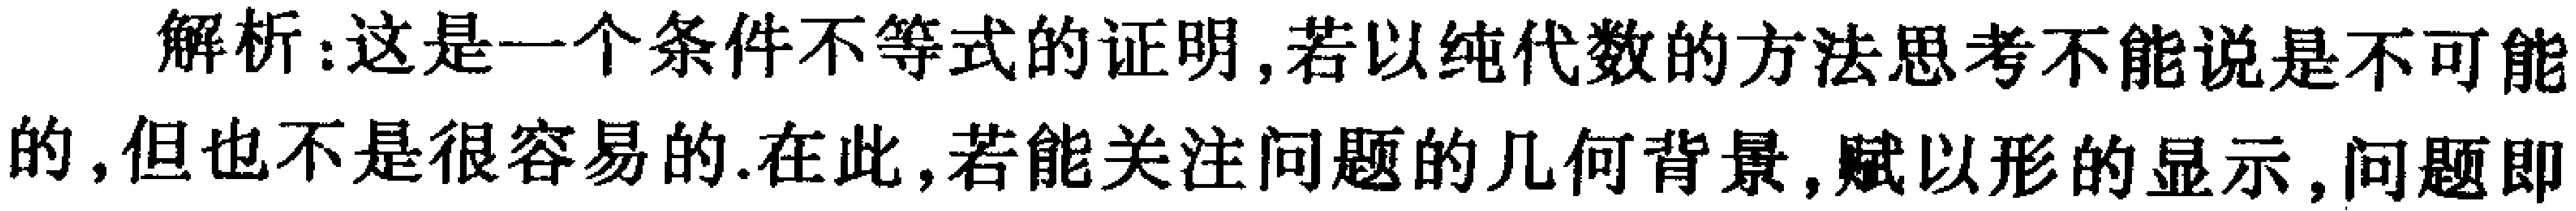
解析：这是一个条件不等式的证明,若以纯代数的方法思考不能说是不可能的,但也不是很容易的.在此,若能关注问题的几何背景,赋以形的显示,问题即